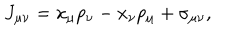
J _ { \mu \nu } = x _ { \mu } p _ { \nu } - x _ { \nu } p _ { \mu } + \sigma _ { \mu \nu } ,